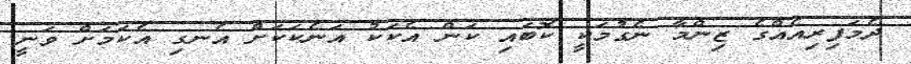
ދެމަފިރިއެއްގެ ޒިންމާ ނެގުމަކީ ކޮބައި ކަން އެކަކު އަނެކަކަށް އެނގި އެކަމަށް ވަނީ